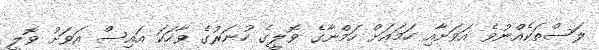
ލަސްތަކެއްނުވެ އަވަށާއި ހަމައަށް ހަމްނާގެ ވޮލީގެ ހުނަރުގެ ވާހަކަ އައިސް އަވަށު ވޮލީ